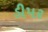
ડીપર